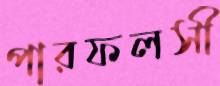
পারফলসী